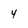
Character: 4